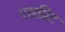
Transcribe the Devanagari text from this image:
एसप्रिट